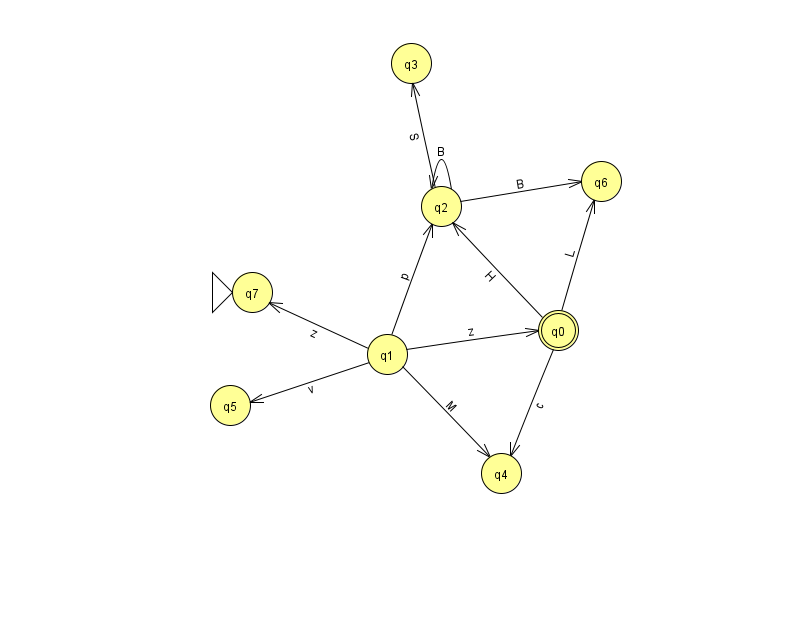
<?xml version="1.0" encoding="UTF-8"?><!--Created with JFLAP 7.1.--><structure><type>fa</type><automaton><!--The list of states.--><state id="0" name="q0"><x>558.0</x><y>317.0</y><final/></state><state id="1" name="q1"><x>387.0</x><y>341.0</y></state><state id="2" name="q2"><x>441.0</x><y>193.0</y></state><state id="3" name="q3"><x>411.0</x><y>50.0</y></state><state id="4" name="q4"><x>501.0</x><y>460.0</y></state><state id="5" name="q5"><x>230.0</x><y>392.0</y></state><state id="6" name="q6"><x>601.0</x><y>168.0</y></state><state id="7" name="q7"><x>252.0</x><y>279.0</y><initial/></state><!--The list of transitions.--><transition><from>1</from><to>4</to><read>M</read></transition><transition><from>2</from><to>2</to><read>B</read></transition><transition><from>0</from><to>4</to><read>c</read></transition><transition><from>1</from><to>5</to><read>v</read></transition><transition><from>2</from><to>3</to><read>S</read></transition><transition><from>2</from><to>6</to><read>B</read></transition><transition><from>1</from><to>0</to><read>z</read></transition><transition><from>0</from><to>2</to><read>H</read></transition><transition><from>1</from><to>7</to><read>z</read></transition><transition><from>0</from><to>6</to><read>L</read></transition><transition><from>1</from><to>2</to><read>p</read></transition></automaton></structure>